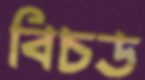
বিচড